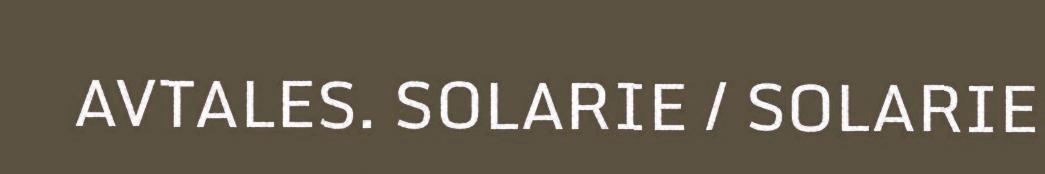
AVTALES. SOLARIE / SOLARIE